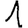
Digit: 1